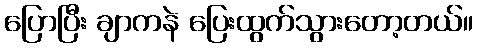
ပြောပြီး ချာကနဲ ပြေးထွက်သွားတော့တယ်။